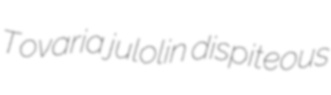
Tovaria julolin dispiteous